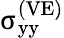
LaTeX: {\upsigma}_{\mathrm{yy}}^{\left(\mathrm{VE}\right)}